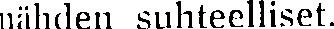
nähden suhteelliset.